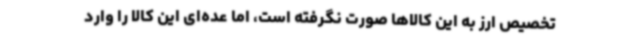
تخصیص ارز به این کالاها صورت نگرفته است، اما عده‌ای این کالا را وارد